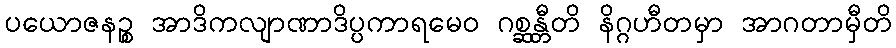
ပယောဇနဉ္စ အာဒိကလျာဏာဒိပ္ပကာရမေဝ ဂစ္ဆန္တီတိ နိဂ္ဂဟီတမှာ အာဂတာမှီတိ